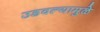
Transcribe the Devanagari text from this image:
उडवल्यामुळे